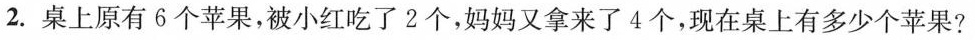
2.桌上原有6个苹果，被小红吃了2个，妈妈又拿来了4个，现在桌上有多少个苹果?